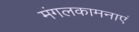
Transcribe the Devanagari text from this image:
मंगलकामनाएं